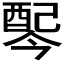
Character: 𫑸